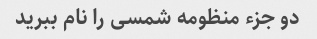
دو جزء منظومه شمسی را نام ببرید